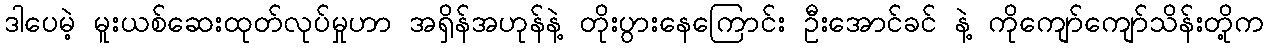
ဒါပေမဲ့ မူးယစ်ဆေးထုတ်လုပ်မှုဟာ အရှိန်အဟုန်နဲ့ တိုးပွားနေကြောင်း ဦးအောင်ခင် နဲ့ ကိုကျော်ကျော်သိန်းတို့က